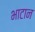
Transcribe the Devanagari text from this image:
भाटान